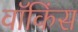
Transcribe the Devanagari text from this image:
वॉकिंस